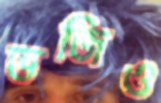
ভজিও